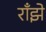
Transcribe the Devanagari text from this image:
राँझे